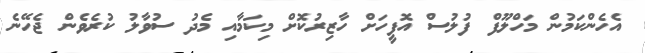
އެހެންކަމުން މަހްލޫފް ފުލުސް އޮފީހަށް ހާޒިރުކޮށް މިކަމާއި މެދު ސުވާލު ކުރެވެން ޖެހޭނެ